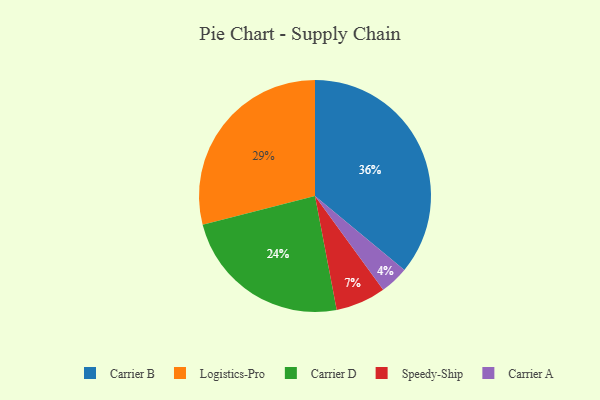
{"axis": {"x": "Category", "y": "Percentage"}, "legend": ["Carrier A", "Carrier B", "Carrier D", "Logistics-Pro", "Speedy-Ship"], "data": [{"x": "Speedy-Ship", "y": 7, "type": "Speedy-Ship"}, {"x": "Carrier A", "y": 4, "type": "Carrier A"}, {"x": "Logistics-Pro", "y": 29, "type": "Logistics-Pro"}, {"x": "Carrier B", "y": 36, "type": "Carrier B"}, {"x": "Carrier D", "y": 24, "type": "Carrier D"}]}